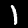
Digit: 1